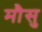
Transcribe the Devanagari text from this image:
मौसु